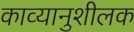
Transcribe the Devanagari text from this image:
काव्यानुशीलक